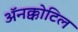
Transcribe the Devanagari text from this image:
अॅनक्कोटिल